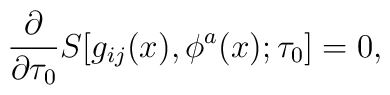
{\partial \over \partial \tau_0}S\bigl[g_{ij}(x),\phi^a(x);\tau_0\bigr]=0,